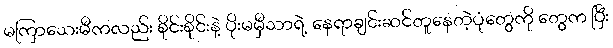
မကြာသေးမီကလည်း စိုင်းစိုင်းနဲ့ ပိုးမမှီသာရဲ့ နေရာချင်းဆင်တူနေတဲ့ပုံတွေကို တွေက ပြီး